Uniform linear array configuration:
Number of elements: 4
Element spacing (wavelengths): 1
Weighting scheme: uniform
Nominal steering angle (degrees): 60
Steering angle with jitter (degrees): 58.685
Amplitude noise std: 0.05
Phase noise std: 0.05

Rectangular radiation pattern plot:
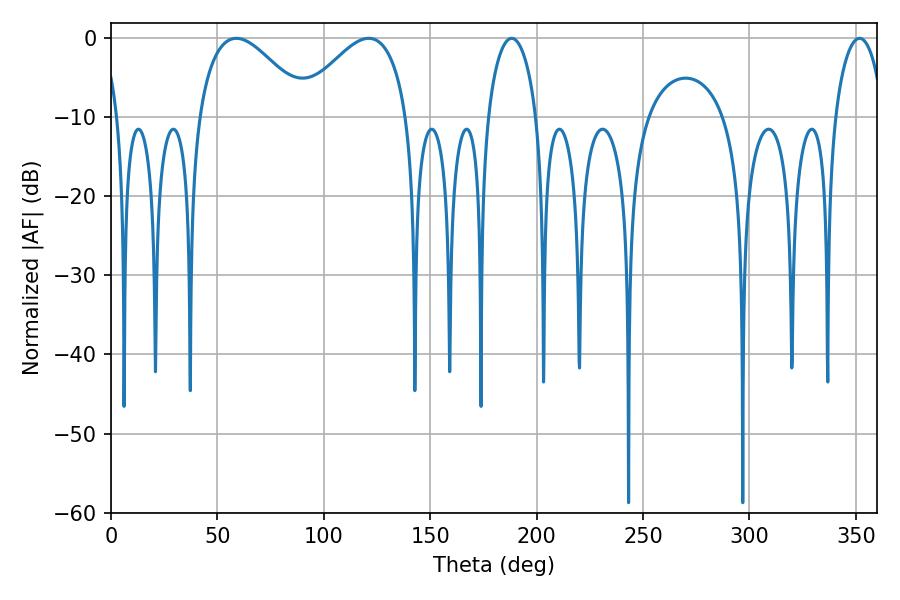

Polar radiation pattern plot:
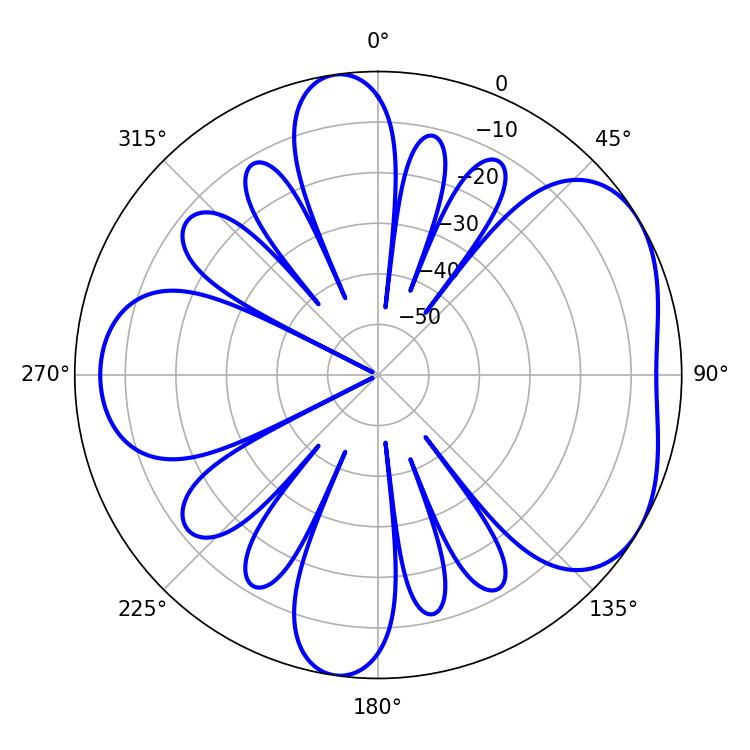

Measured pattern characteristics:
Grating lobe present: TRUE
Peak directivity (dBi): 4.734
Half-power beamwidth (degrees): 13.14
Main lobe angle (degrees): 188.28